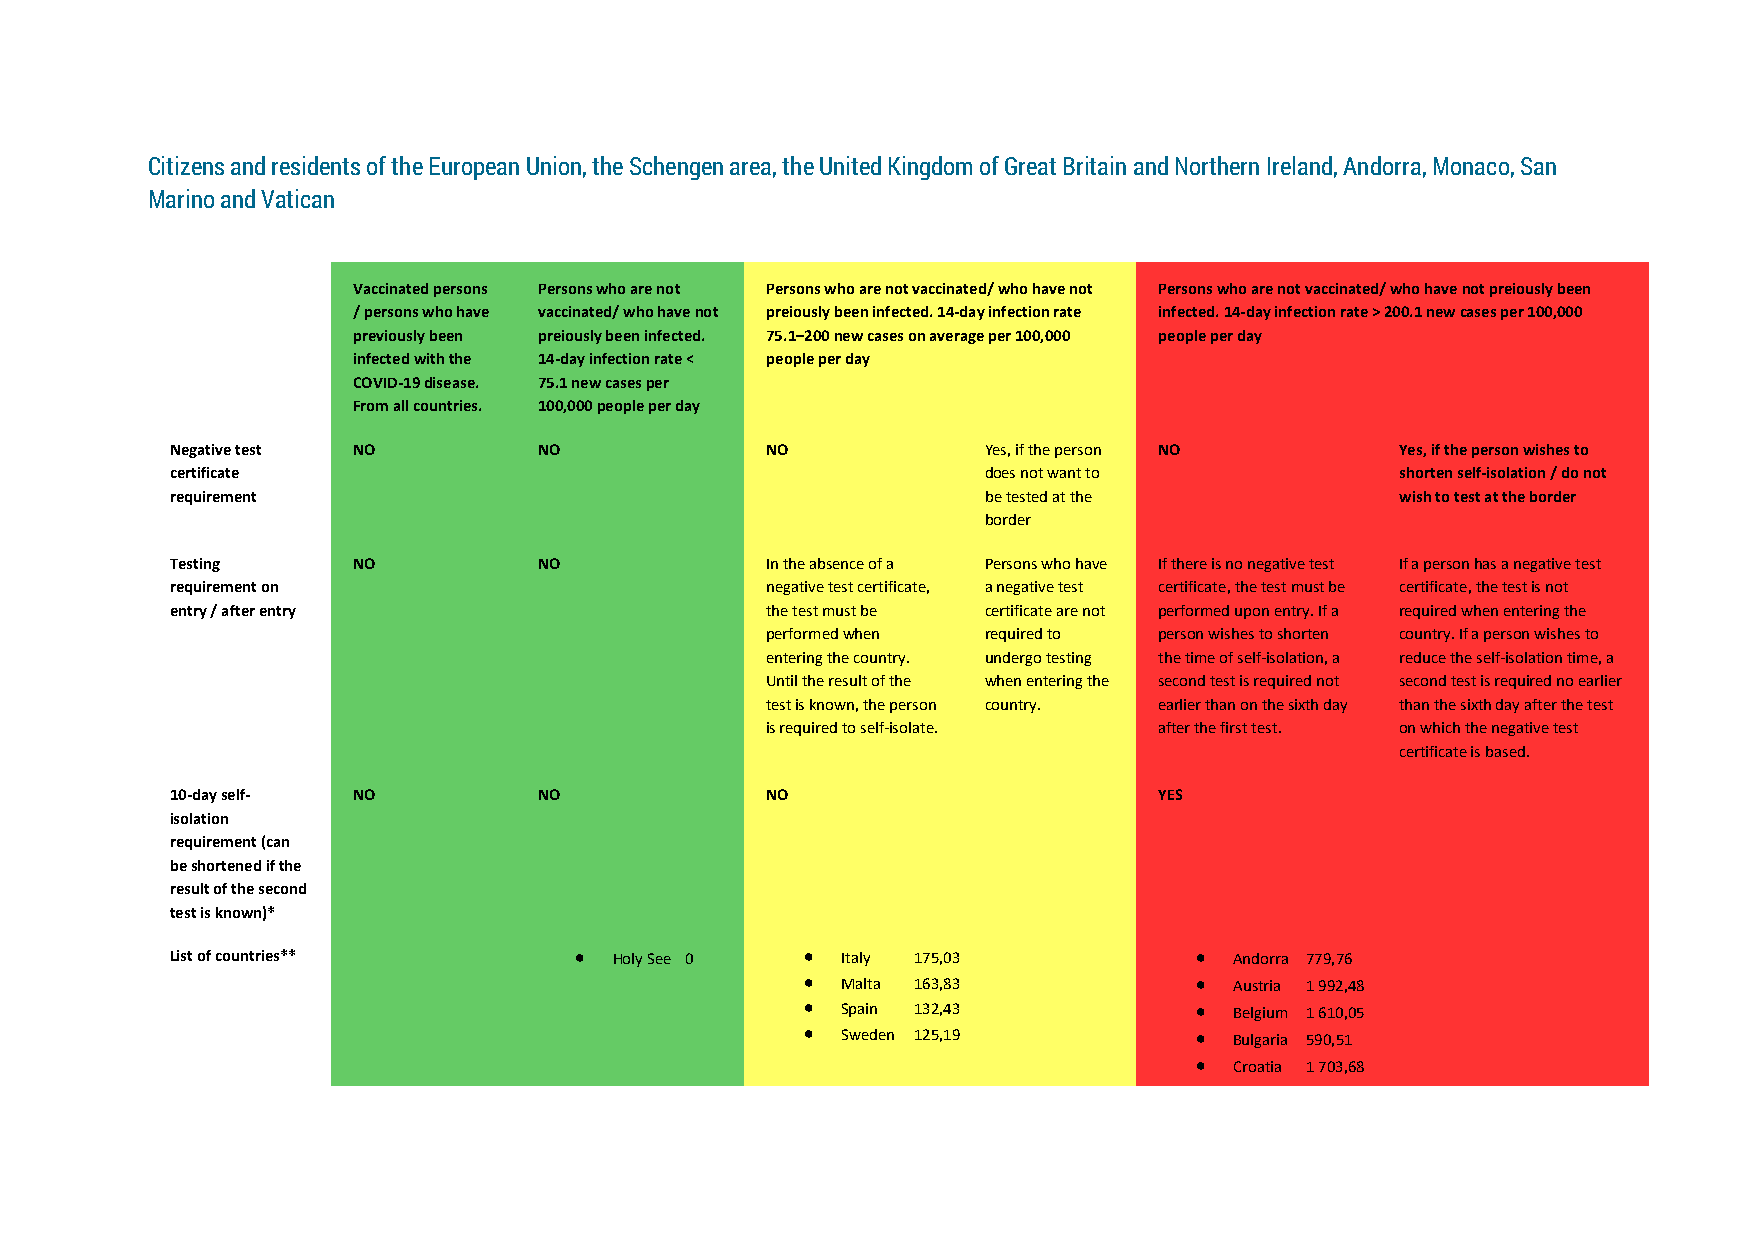
Citizens and residents of the European Union, the Schengen area, the United Kingdom of Great Britain and Northern Ireland, Andorra, Monaco, San
 Marino and Vatican
 Vaccinated persons Persons who are not Persons who are not vaccinated/ who have not Persons who are not vaccinated/ who have not preiously been
 / persons who have vaccinated/ who have not preiously been infected. 14-day infection rate infected. 14-day infection rate > 200.1 new cases per 100,000
 previously been preiously been infected. 75.1–200 new cases on average per 100,000 people per day
 infected with the 14-day infection rate < people per day
 COVID-19 disease. 75.1 new cases per
 From all countries. 100,000 people per day
 Negative test NO         NO             NO            Yes, if the person NO       Yes, if the person wishes to
 certificate                                           does not want to            shorten self-isolation / do not
 requirement                                           be tested at the            wish to test at the border
 border
 Testing     NO           NO             In the absence of a Persons who have If there is no negative test If a person has a negative test
 requirement on                          negative test certificate, a negative test certificate, the test must be certificate, the test is not
 entry / after entry                     the test must be certificate are not performed upon entry. If a required when entering the
 performed when required to person wishes to shorten country. If a person wishes to
 entering the country. undergo testing the time of self-isolation, a reduce the self-isolation time, a
 Until the result of the when entering the second test is required not second test is required no earlier
 test is known, the person country. earlier than on the sixth day than the sixth day after the test
 is required to self-isolate. after the first test. on which the negative test
 certificate is based.
 10-day self- NO          NO             NO                        YES
 isolation
 requirement (can
 be shortened if the
 result of the second
 test is known)*
 List of countries**          Holy See 0    Italy 175,03             Andorra 779,76
   Malta 163,83             Austria 1 992,48
   Spain 132,43             Belgium 1 610,05
   Sweden 125,19            Bulgaria 590,51
   Croatia 1 703,68